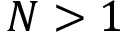
N > 1